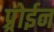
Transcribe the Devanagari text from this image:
प्र्रोईन